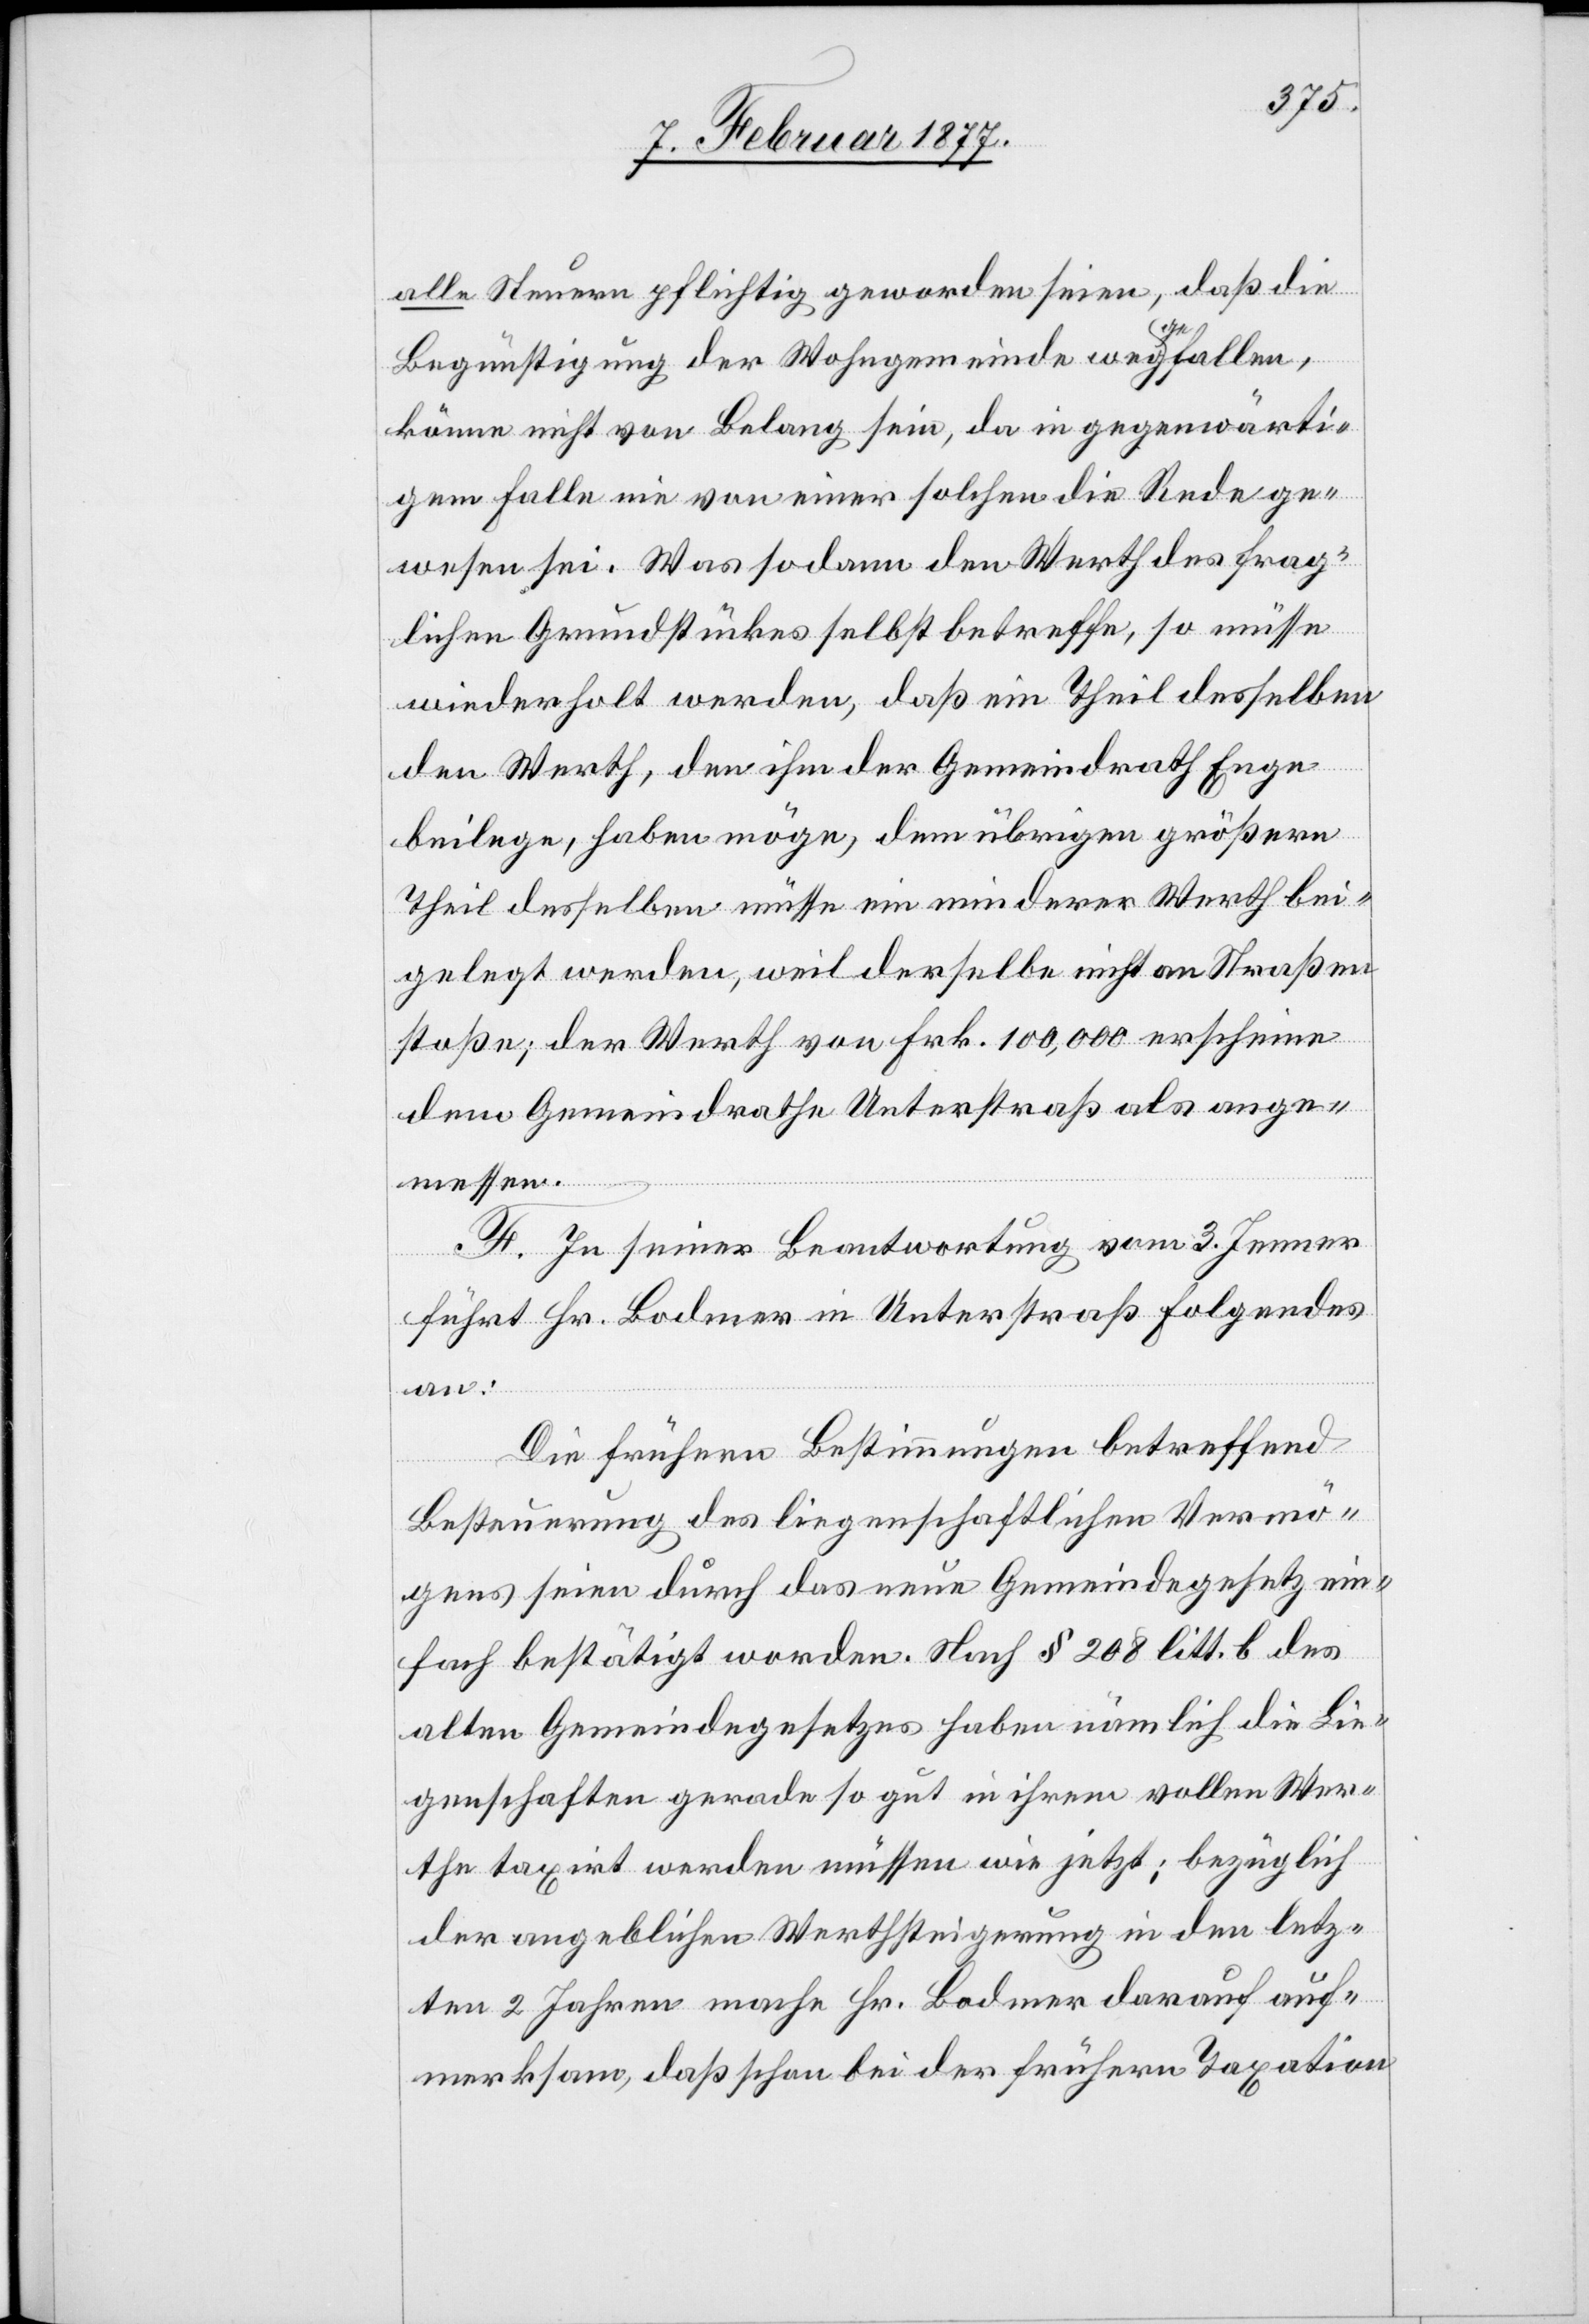
alle Steuern pflichtig geworden seien, daß die
Begünstigung der Wohngemeinde weggefallen,
könne nicht von Belang sein, da in gegenwärti¬
gem Falle nie von einer solchen die Rede ge¬
wesen sei. Was sodann den Werth des frag¬
lichen Grundstückes selbst betreffe, so müsse
wiederholt werden, daß ein Theil desselben
den Werth, den ihm der Gemeindrath Enge
beilege, haben möge, dem übrigen größern
Theil desselben müsse ein minderer Werth bei¬
gelegt werden, weil derselbe nicht an Straßen
stoße; der Werth von Frk. 100,000 erscheine
dem Gemeindrathe Unterstraß als ange¬
messen.
F. In seiner Beantwortung vom 3. Jenner
führt Hr. Bodmer in Unterstraß folgendes
an:
Die frühern Bestimmungen betreffend
Besteuerung des liegenschaftlichen Vermö¬
gens seien durch das neue Gemeindegesetz ein¬
fach bestätigt worden. Nach § 208 litt. b des
alten Gemeindegesetzes haben nämlich die Lie¬
genschaften gerade so gut in ihrem vollen Wer¬
the taxirt werden müssen wie jetzt; bezüglich
der angeblichen Werthsteigerung in den letz¬
ten 2 Jahren mache Hr. Bodmer darauf auf¬
merksam, daß schon bei der frühern Taxation